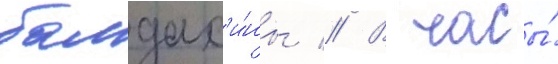
балдах'и́ны // В часы́